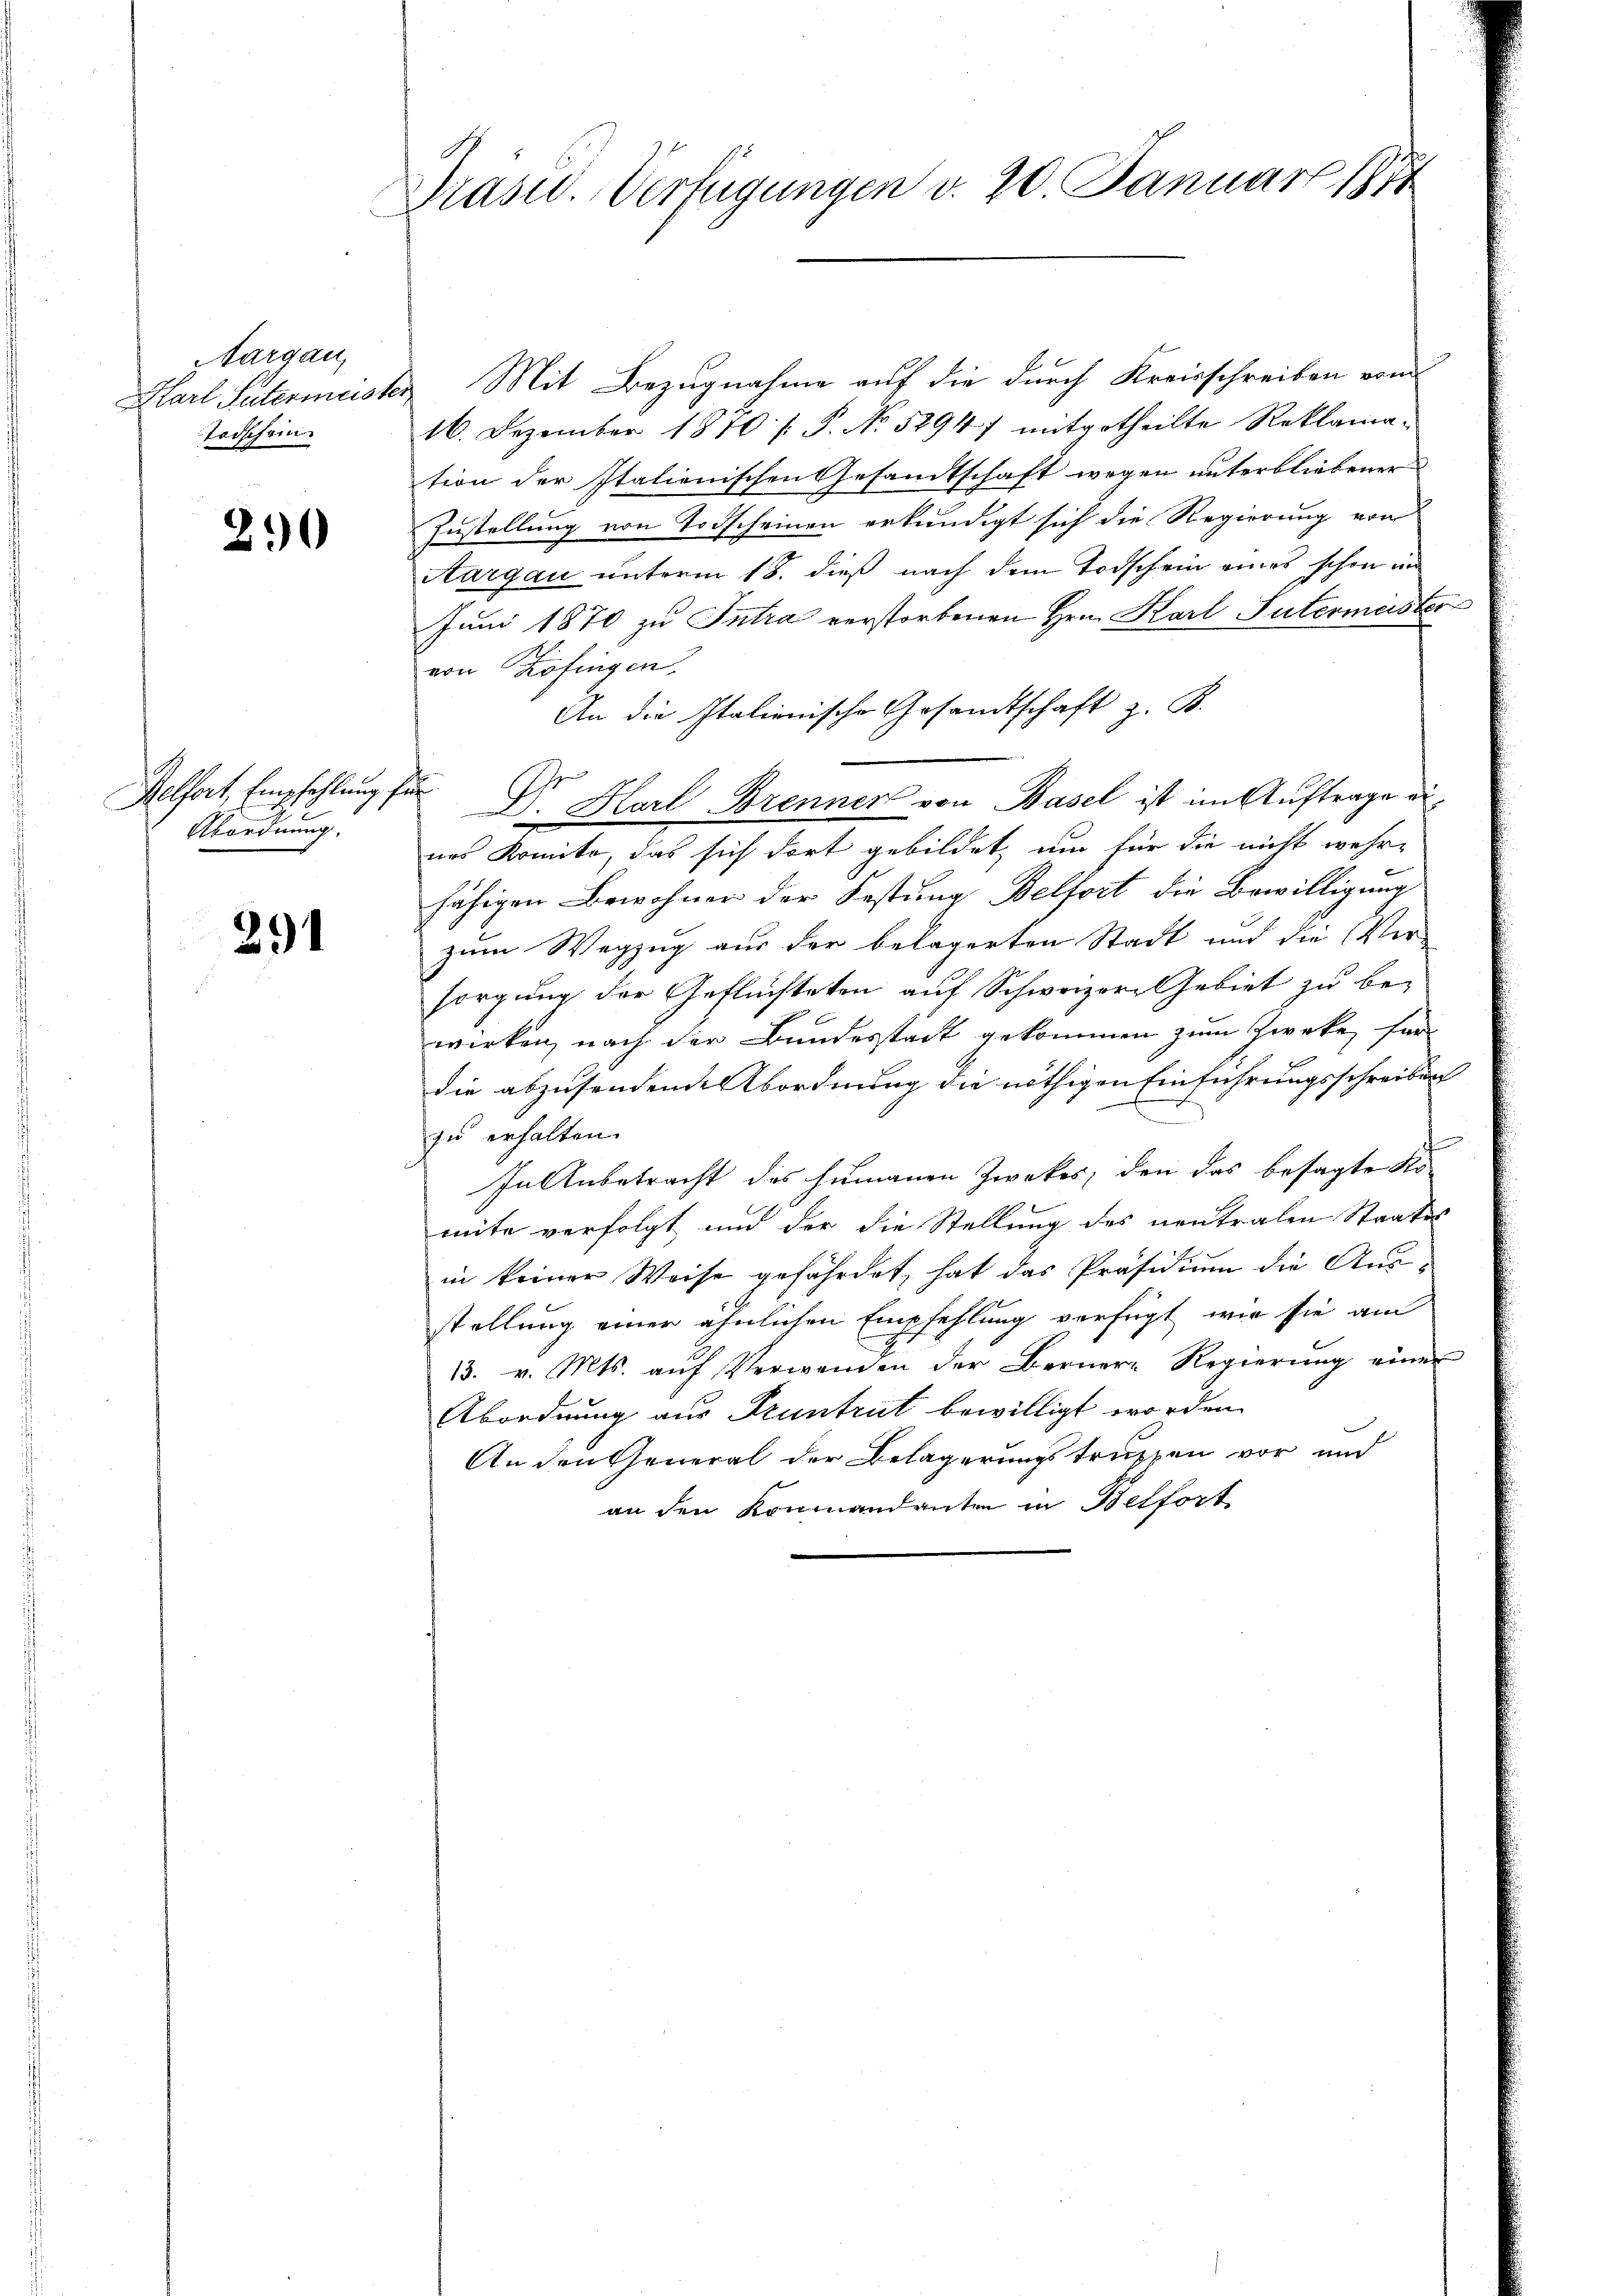
Aargau,
Karl Suterius.
Todschein

20

Relfort, Empfehlung für
Abordnung.

291

Präsid. Verfügungen v. 20. Januar 1874

Mit Bezugnahme auf die durch Kreisschreiben vom
16. Dezember 1870 [ P. No. 52947 mitgetheilte Reklamation der Italienischen Gesandtschaft wegen unterbliebener
Zustellung von Todscheinen erkundigt sich die Regierung von
Aargau unterm 18. dieß nach dem Todschein eines schon in
Juni 1870 zu Intra verstorbenen Hrn. Karl Intermeisters
von Köfingen,
An die Italienische Gesandtschaft z. B.
Dr. Harl Brenner von Basel ist im Auftrage eines Komite, das sich dort gebildet, um für die nicht wehr-
fähigen Bewohner der Festung Belfort die Bewilligung
zum Wegzug aus der belagerten Stadt und die Ver-
sorgung der Geflüchteten auf Schweizer Gebiet zu bewirken, nach der Bundesstadt gekommen zum Zwecke, für
die abzusendende Abordnung die nöthigen Einführungsschreiben
zu erhalten.
In Anbetracht des humanen Zweckes, den das besagte Komite verfolgt und der die Stellung des neutralen Staates
in keiner Weise gefährdet, hat das Präsidium die Ausstellung einer ähnlichen Empfehlung verfügt wir sie am
13. v. Mts. aŭf Verwenden der Bernere Regierŭng einer
Abordnung aus Truntrut bewilligt worden.
An den General der Belagerungstruppen vor und
an den Kommandanten in Belfort